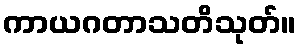
ကာယဂတာသတိသုတ်။